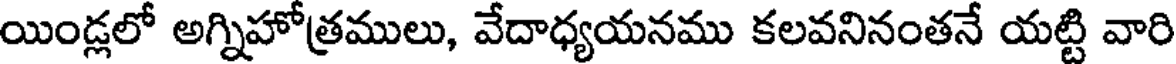
యిండ్లలో అగ్నిహోత్రములు, వేదాధ్యయనము కలవనినంతనే యట్టి వారి